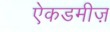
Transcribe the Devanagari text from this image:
ऐकडमीज़